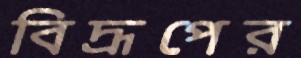
বিদ্রূপের